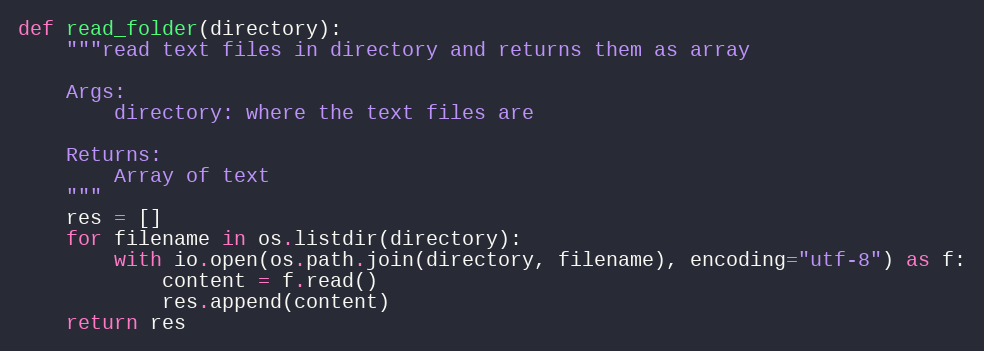
Language: Python
def read_folder(directory):
    """read text files in directory and returns them as array

    Args:
        directory: where the text files are

    Returns:
        Array of text
    """
    res = []
    for filename in os.listdir(directory):
        with io.open(os.path.join(directory, filename), encoding="utf-8") as f:
            content = f.read()
            res.append(content)
    return res